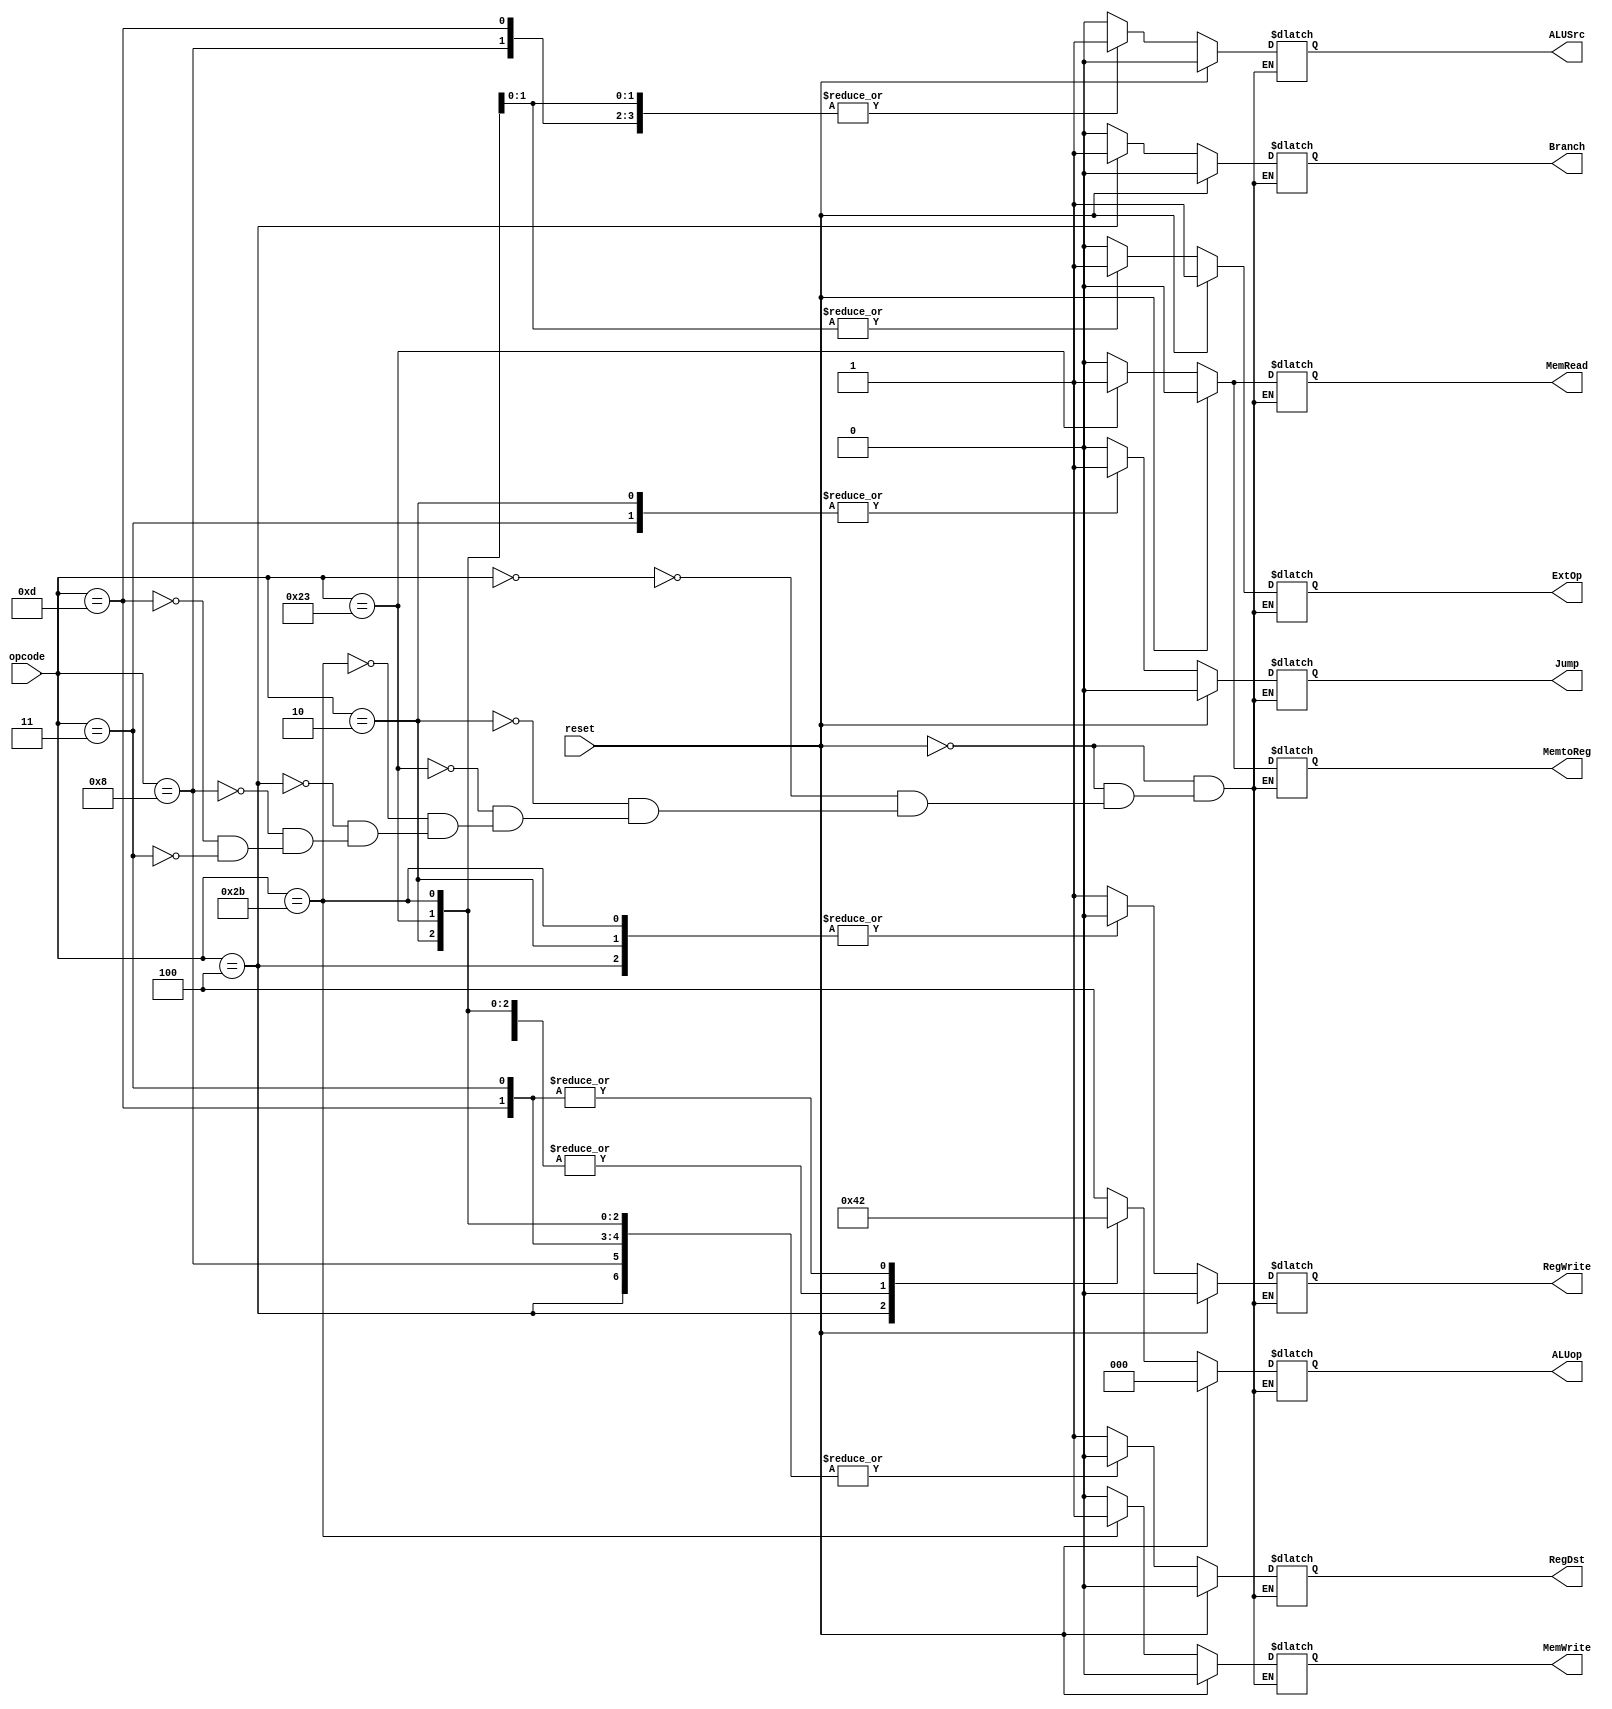
module control_unit(
// this part of processor responsible for saving states,so need reset 
reset,
opcode, // instruction opcode to recognize instruction
ALUop,RegDst,MemtoReg,Jump,Branch,MemRead,MemWrite,ALUSrc,RegWrite,ExtOp //decoding parts
);

// variables I/O assignment
input[5:0] opcode;  
input reset;  
output reg [2:0] ALUop;
output reg RegDst,MemtoReg,Jump,Branch,MemRead,MemWrite,ALUSrc,RegWrite,ExtOp;

// decoding operation
    always @(*)  
         begin
	     // reset operation	  
             if(reset == 1'b1)
               begin  
                  RegDst = 1'b0;  
                  MemtoReg= 1'b0;  
                  Jump = 1'b0;  
                  Branch = 1'b0;  
                  MemRead= 1'b0;  
                  MemWrite= 1'b0;  
                  ALUSrc= 1'b0;  
                  RegWrite= 1'b0;  
                  ExtOp= 1'b1;  
		  ALUop =3'b000;
               end  
            else
              begin
		// decoding operation based on opcode  
		case(opcode)   
                   6'b000000: // R_Type 
			begin   
                           RegDst = 1'b1;  
                           MemtoReg = 1'b0;  
                           Jump = 1'b0;  
                           Branch = 1'b0;  
                           MemRead= 1'b0;  
                           MemWrite = 1'b0;  
                           ALUSrc = 1'b0;  
                           RegWrite= 1'b1;  
                           ExtOp = 1'b0;// don't care  
			   ALUop =3'b100;					
                        end  
		   6'b000010: // Jump 
		        begin
                           RegDst= 1'b0;  
                           MemtoReg = 1'b0;   
                           Jump = 1'b1;  
                           Branch = 1'b0;  
                           MemRead = 1'b0;  
                           MemWrite = 1'b0;  
                           ALUSrc = 1'b0;  
                           RegWrite= 1'b0;  
                           ExtOp= 1'b0;  
			   ALUop =3'b000;
                        end 
                   6'b100011: // lw  
			 begin  
                            RegDst = 1'b0;  
                            MemtoReg= 1'b1;    
                            Jump = 1'b0;  
                            Branch = 1'b0;  
                            MemRead = 1'b1;  
                            MemWrite= 1'b0;  
                            ALUSrc = 1'b1;  
                            RegWrite = 1'b1;  
                            ExtOp= 1'b1; 
                            ALUop =3'b000;										 
                         end  
                   6'b101011: // sw 
			 begin   
                            RegDst = 1'b0; // don't care  
                            MemtoReg = 1'b0; // don't care  
                            Jump = 1'b0;  
                            Branch = 1'b0;  
                            MemRead = 1'b0;  
                            MemWrite= 1'b1;  
                            ALUSrc= 1'b1;  
                            RegWrite = 1'b0;  
                            ExtOp= 1'b1;  
			    ALUop =3'b000;
                         end  
                   6'b000100: // beq 
			 begin  
                            RegDst = 1'b0; // don't care  
                            MemtoReg = 1'b0; // don't care
                            Jump = 1'b0;  
                            Branch = 1'b1;  
                            MemRead= 1'b0;  
                            MemWrite = 1'b0;  
                            ALUSrc= 1'b0;  
                            RegWrite = 1'b0;  
                            ExtOp= 1'b0; 
                            ALUop =3'b001;									 
                         end  							
		   6'b001000: //ADDi
                         begin 
                            RegDst = 1'b0;  
                            MemtoReg = 1'b0;  
                            Jump = 1'b0;  
                            Branch = 1'b0;  
                            MemRead= 1'b0;  
                            MemWrite = 1'b0;  
                            ALUSrc= 1'b1;  
                            RegWrite= 1'b1;  
                            ExtOp= 1'b0;  
			    ALUop =3'b000;
                         end   
		   6'b001101: // ORi 
			 begin   
                            RegDst = 1'b0;  
                            MemtoReg = 1'b0;  
                            Jump = 1'b0;  
                            Branch = 1'b0;  
                            MemRead= 1'b0;  
                            MemWrite = 1'b0;  
                            ALUSrc= 1'b1;  
                            RegWrite= 1'b1;  
                            ExtOp= 1'b0;  
		            ALUop =3'b010;
                         end
	           6'b000011: // jal 
			 begin   
                            RegDst = 1'b0;  
                            MemtoReg = 1'b0;  
                            Jump = 1'b1;  
                            Branch = 1'b0;  
                            MemRead= 1'b0;  
                            MemWrite = 1'b0;  
                            ALUSrc= 1'b0;  
                            RegWrite= 1'b1;  
                            ExtOp= 1'b0;  
		            ALUop =3'b010;
                         end
      endcase  
      end  
 end  		  

endmodule